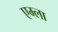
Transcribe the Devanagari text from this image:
एम्ला